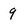
Character: 9